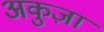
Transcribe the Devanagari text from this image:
अकुज़ा